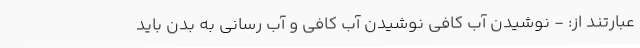
عبارتند از: - نوشیدن آب کافی نوشیدن آب کافی و آب رسانی به بدن باید